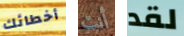
أخطائك أنت لقد